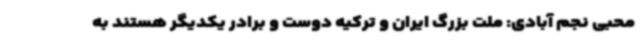
محبی نجم آبادی: ملت بزرگ ایران و ترکیه دوست و برادر یکدیگر هستند به